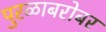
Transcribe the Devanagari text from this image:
पुरळाबरोबर